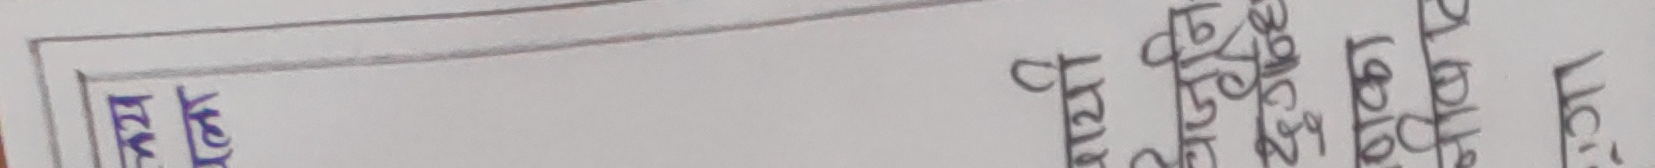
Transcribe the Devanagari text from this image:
मिम
धूप 3
वृक्ष 2
तोता 4
मोर 3
बाघ 2